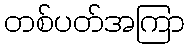
တစ်ပတ်အကြာ